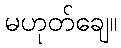
မဟုတ်ချေ။